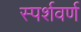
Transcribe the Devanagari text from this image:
स्पर्शवर्ण